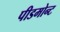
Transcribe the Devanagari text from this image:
पीडमोन्ट